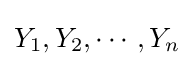
Y_{1},Y_{2},\cdots ,Y_{n}